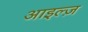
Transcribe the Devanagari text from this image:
आइल्ज़